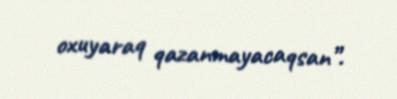
oxuyaraq qazanmayacaqsan”.